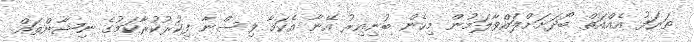
ތަރަފު އެއްއަތް ބޯދަށަށްލައްވާލަމުން މިހެން ބުނިއިރު އޭނާ އެކަމާ ވިސްނާ ފިކުރުކުރާކަމުގެ ނިޝާންތައް